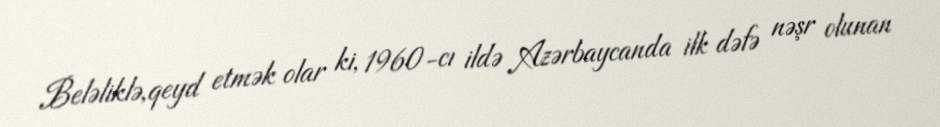
Beləliklə,qeyd etmək olar ki, 1960-cı ildə Azərbaycanda ilk dəfə nəşr olunan